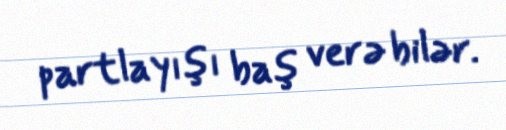
partlayışı baş verə bilər.